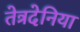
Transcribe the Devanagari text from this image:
तेत्रदेनिया